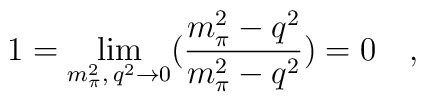
1=\lim_{m_{\pi}^2,\,q^{2}\rightarrow 0}(\frac{m^{2}_{\pi}-q^{2}}{m^{2}_{\pi}-q^{2}})=0 \quad,